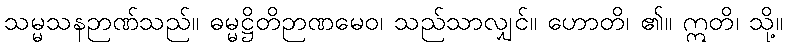
သမ္မသနဉာဏ်သည်။ ဓမ္မဋ္ဌိတိဉာဏမေဝ၊ သည်သာလျှင်။ ဟောတိ၊ ၏။ ဣတိ၊ သို့။